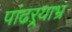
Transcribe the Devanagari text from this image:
पांढऱ्र्‍याभ्र